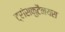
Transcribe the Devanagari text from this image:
ट्रांसकुटैनयस